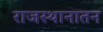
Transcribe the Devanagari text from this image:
राजस्थानातन